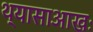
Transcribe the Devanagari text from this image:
थ्यासाआखः